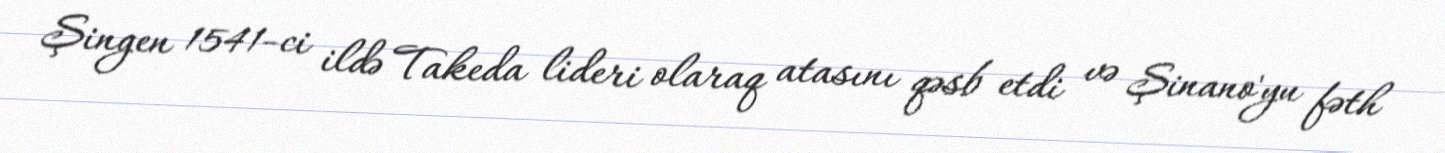
Şingen 1541-ci ildə Takeda lideri olaraq atasını qəsb etdi və Şinano'yu fəth